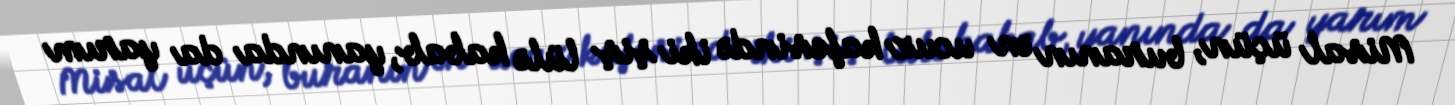
Misal üçün, buranın ən ucuz kafesində iki şiş lülə kabab, yanında da yarım